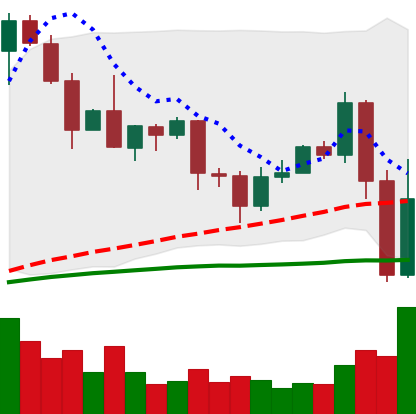
Ticker: EOS-USD
Chart end date: 2020-09-04
Forward return: -8.501%
Label: down_7plus